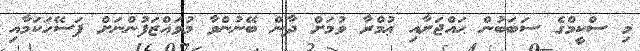
މި ސްކީމްގެ ސަބަބުން ޙައްޖަށާއި ޢުމްރާ ވުމަށް ދާން ބޭނުންވާ މުވައްޒަފުންނަށް ފަސޭހަކަމާއި